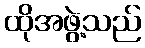
ထိုအဖွဲ့သည်